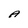
Character: A